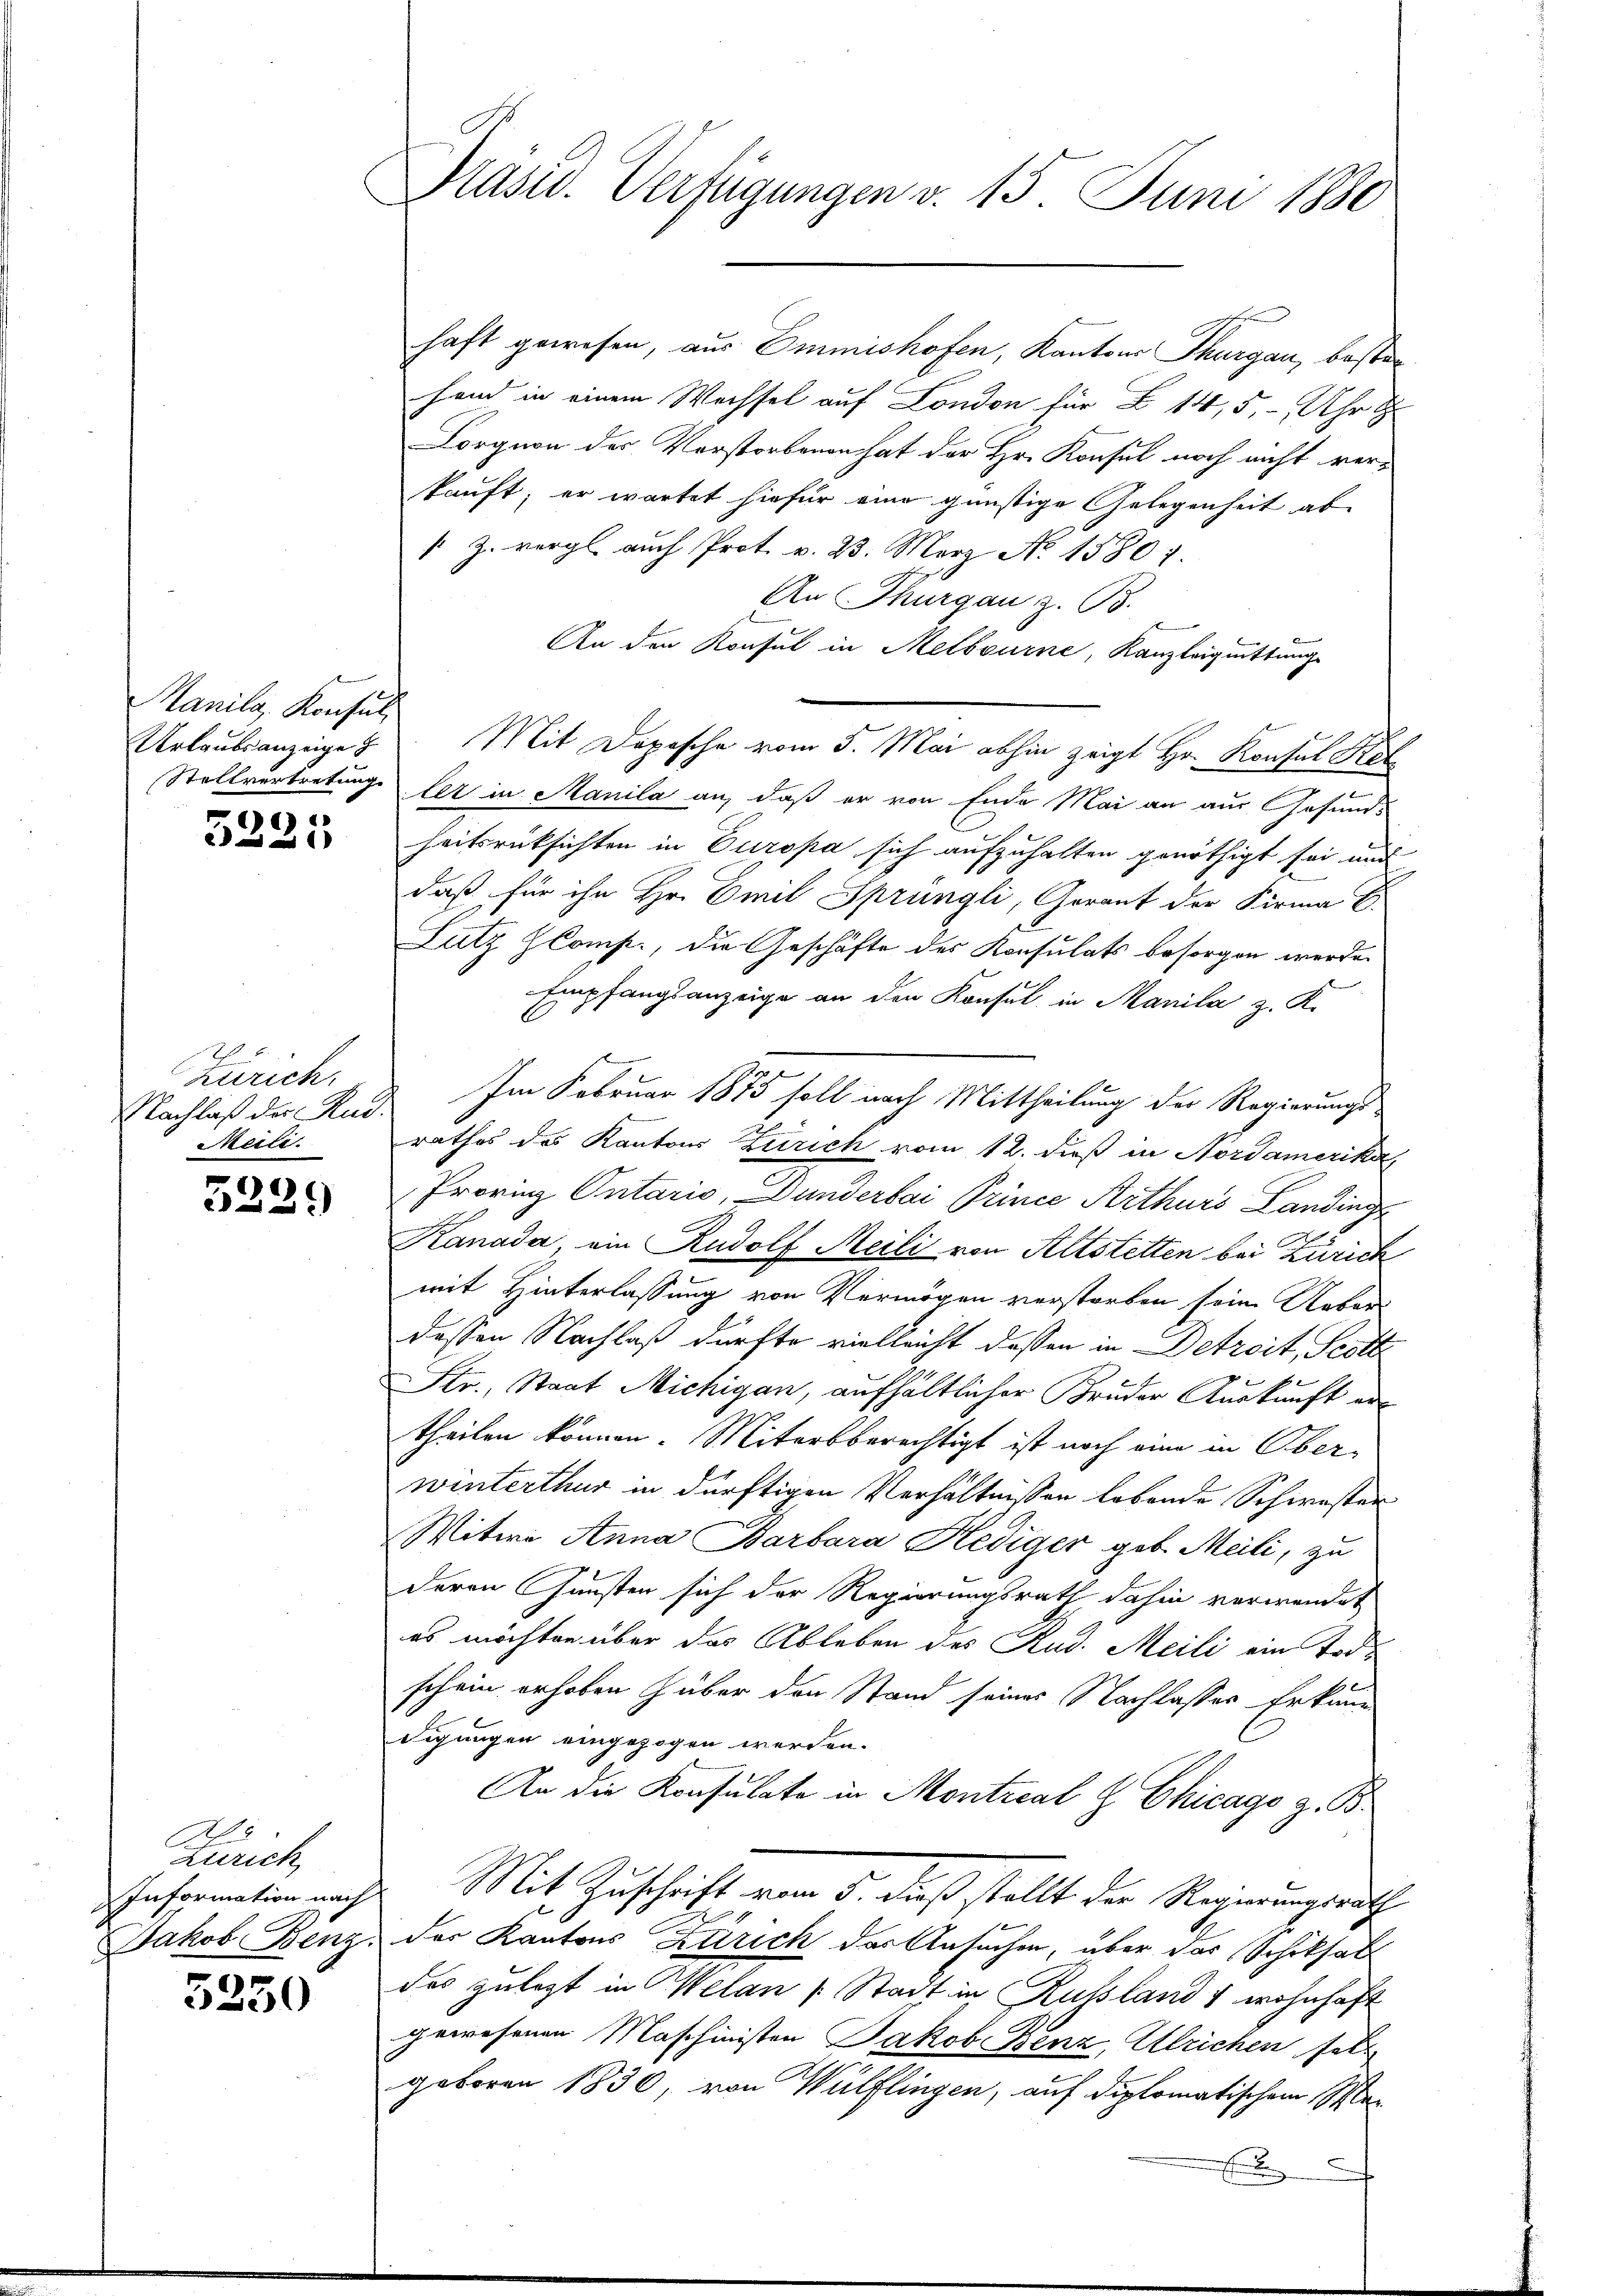
Manila, Konsul
Urlaubsanzeige

1
2x

Zürich.
Nachlaß der Rud.
Meile.

c

Zürich
Information nach

5350

Präsid. Verfügungen v. 15. Juni 1880

haft gewesen, aus Emmishofen, Kantons Thurgau, besten
Hand in einem Wachsel auf London für B 14, 5, Uhr
Lorgnon der Vorstorbenen hat der Hr. Konsul noch nicht verkauft; er wartet hiefür eine günstige Gelegenheit ab
 Z. vergl. auch Prot. v. 23. März No. 15807.
An Thurgau z. B.
An den Konsul in Melbourne, Kanzleiquittung
Mit Depesche vom 5. Mai abhin zeigt Hr. Konsul Ke
Stellvertretung lez in Manila an, daß er von Ende Mai an aus Gesundheitsrücksichten in Europa sich aufzuhalten genöthigt sei und
daß für ihn Hr. Emil Sprüngli, Gerant der Firma E
Lutz HComp., die Geschäfte des Konsulats besorgen werden
Empfangsanzeige an den Konsul in Manila z. K.
Im Februar 1875 soll nach Mittheilung der Regierungsrathes des Kantons Zürich vom 12. dieß in Nordamerika,
Provinz Ontario, Bunderbai Prince Arthurs Landing
Kanada, ein Rudolf Meili von Altstetten bei Zürich
mit Hinterlassung von Vermögen verstorben sein Ueber
dessen Nachlaß dürfte vielleicht dessen in Detreit, Scotte
Str., Staat Michigan, aufhältlicher Bruder Auskunft ertheilen können. Miterbberechtigt ist noch eine in Oberwinterthur in dürftigen Verhältnissen lebende Schwester
Witwe Anna Barbara Hediger geb. Meili, zu
deren Gunsten sich der Regierungsrath dahin verwendet
es möchten über das Ableben des Rud. Meili ein Todschein erhoben über den Stand seines Nachlasses Erkann
digungen eingezogen werden.
An die Konsulate in Montical H Chicago z. B.
Mit Zuschrift vom 5. dieß stellt der Regierungsrath
Jakob Benz, der Kantons Zürich das Ansuchen, über das Schiksals
des zulezt in Welan Stadt in Russland & wohnhaft
gewesenen Maschinisten Jakob Benz, Ulrichen sel
geboren 1830, von Wülflingen, auf diplomatischem Ma-
E